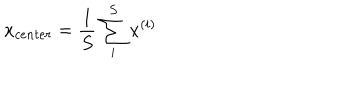
x _ { c e n t e r } = \frac 1 S \sum _ { i } ^ { S } x ^ { ( i ) }